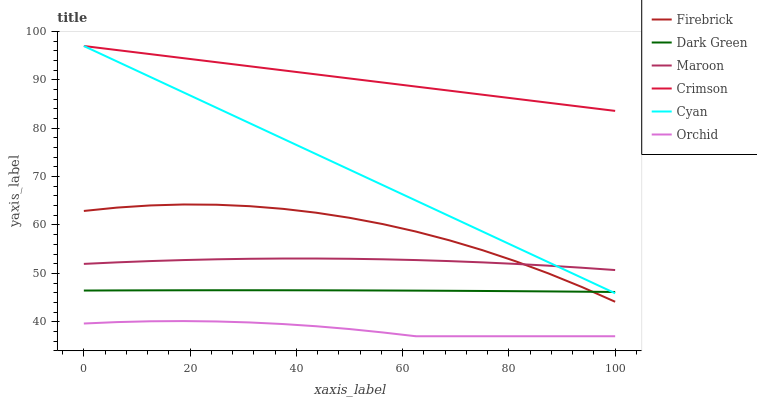
| xaxis_label | Firebrick | Dark Green | Maroon | Crimson | Cyan | Orchid |
 | --- | --- | --- | --- | --- | --- | --- |
 | 0 | 62.9 | 46.4 | 52 | 97 | 97 | 39.6 |
 | 6.25 | 63.6 | 46.5 | 52.3 | 96.2 | 93.8 | 39.9 |
 | 12.5 | 64 | 46.5 | 52.5 | 95.3 | 90.6 | 40.1 |
 | 18.8 | 64.2 | 46.5 | 52.8 | 94.5 | 87.4 | 40.1 |
 | 25 | 64.2 | 46.5 | 52.9 | 93.6 | 84.2 | 40.1 |
 | 31.2 | 63.9 | 46.5 | 53 | 92.8 | 81 | 39.9 |
 | 37.5 | 63.3 | 46.5 | 53.1 | 92 | 77.8 | 39.5 |
 | 43.8 | 62.5 | 46.5 | 53.1 | 91.1 | 74.6 | 39.1 |
 | 50 | 61.5 | 46.5 | 53 | 90.3 | 71.4 | 38.5 |
 | 56.2 | 60.2 | 46.5 | 52.9 | 89.5 | 68.2 | 37.8 |
 | 62.5 | 58.6 | 46.4 | 52.7 | 88.6 | 65.1 | 37 |
 | 68.8 | 56.8 | 46.4 | 52.5 | 87.8 | 61.9 | 37 |
 | 75 | 54.8 | 46.4 | 52.3 | 86.9 | 58.7 | 37 |
 | 81.2 | 52.5 | 46.3 | 52 | 86.1 | 55.5 | 37 |
 | 87.5 | 50 | 46.3 | 51.6 | 85.3 | 52.3 | 37 |
 | 93.8 | 47.2 | 46.2 | 51.2 | 84.4 | 49.1 | 37 |
 | 100 | 44.1 | 46.2 | 50.7 | 83.6 | 45.9 | 37 |